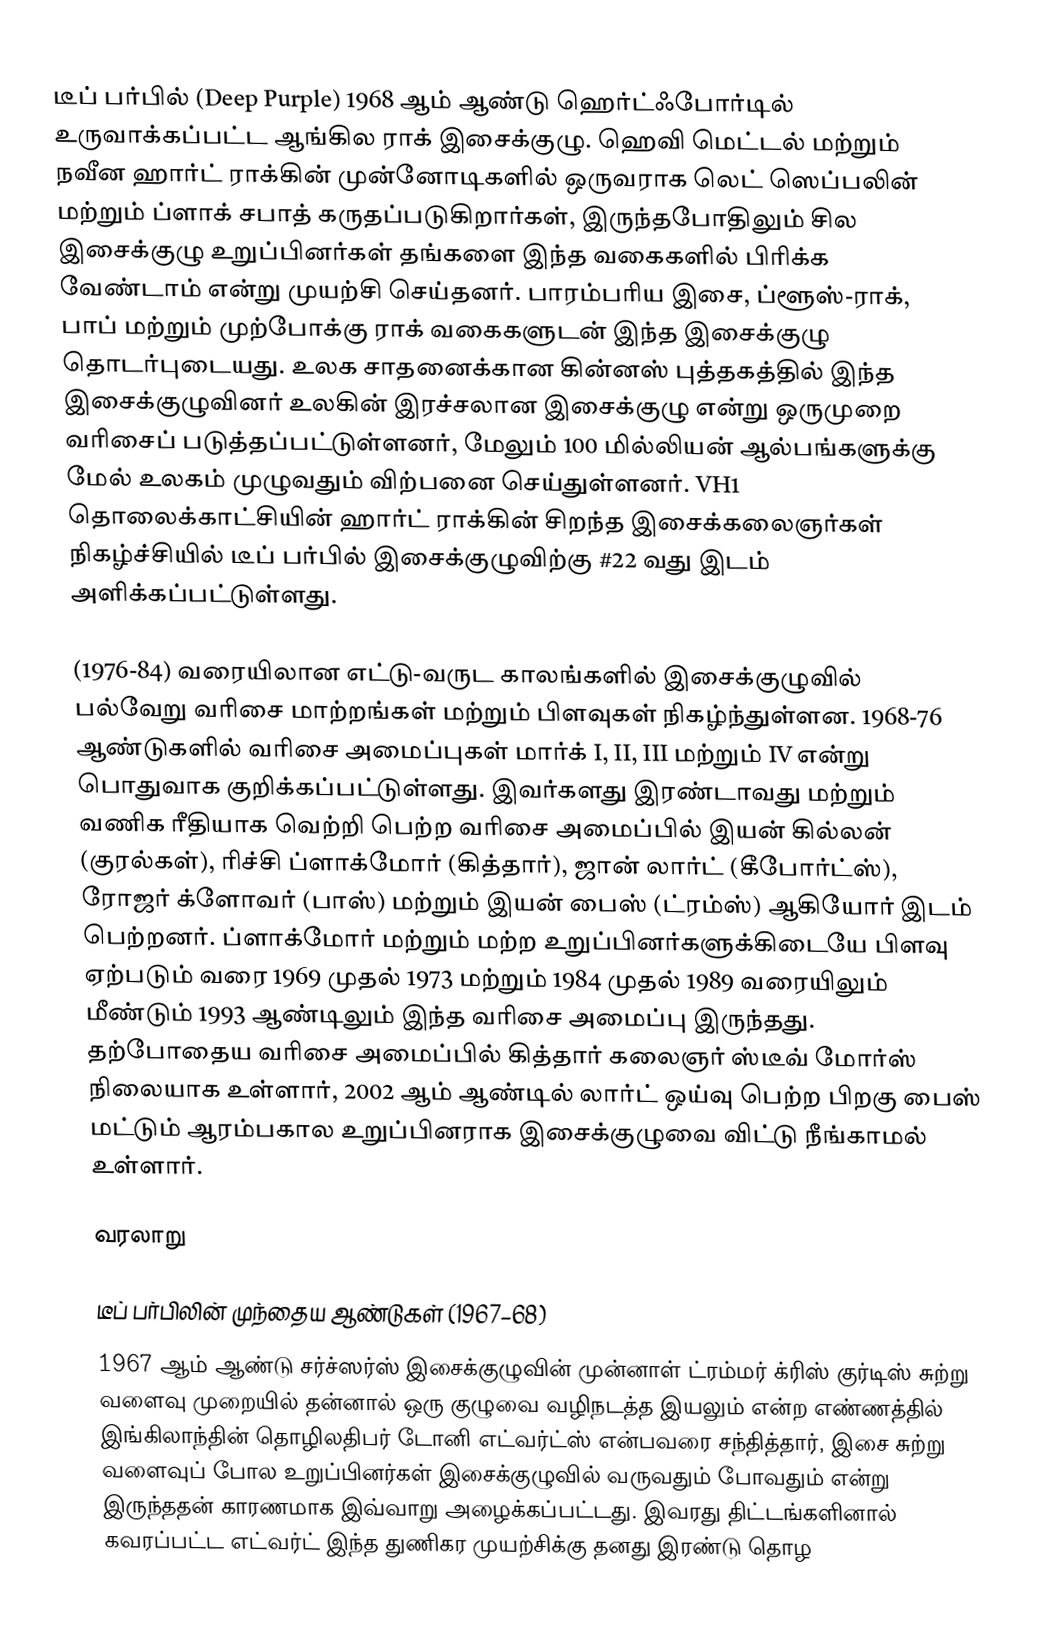
டீப் பர்பில் (Deep Purple) 1968 ஆம் ஆண்டு ஹெர்ட்ஃபோர்டில் உருவாக்கப்பட்ட ஆங்கில ராக் இசைக்குழு. ஹெவி மெட்டல் மற்றும் நவீன ஹார்ட் ராக்கின் முன்னோடிகளில் ஒருவராக லெட் ஸெப்பலின் மற்றும் ப்ளாக் சபாத் கருதப்படுகிறார்கள், இருந்தபோதிலும் சில இசைக்குழு உறுப்பினர்கள் தங்களை இந்த வகைகளில் பிரிக்க வேண்டாம் என்று முயற்சி செய்தனர். பாரம்பரிய இசை, ப்ளூஸ்-ராக், பாப் மற்றும் முற்போக்கு ராக் வகைகளுடன் இந்த இசைக்குழு தொடர்புடையது. உலக சாதனைக்கான கின்னஸ் புத்தகத்தில் இந்த இசைக்குழுவினர் உலகின் இரச்சலான இசைக்குழு என்று ஒருமுறை வரிசைப் படுத்தப்பட்டுள்ளனர், மேலும் 100 மில்லியன் ஆல்பங்களுக்கு மேல் உலகம் முழுவதும் விற்பனை செய்துள்ளனர். VH1 தொலைக்காட்சியின் ஹார்ட் ராக்கின் சிறந்த இசைக்கலைஞர்கள் நிகழ்ச்சியில் டீப் பர்பில் இசைக்குழுவிற்கு #22 வது இடம் அளிக்கப்பட்டுள்ளது.

(1976-84) வரையிலான எட்டு-வருட காலங்களில் இசைக்குழுவில் பல்வேறு வரிசை மாற்றங்கள் மற்றும் பிளவுகள் நிகழ்ந்துள்ளன. 1968-76 ஆண்டுகளில் வரிசை அமைப்புகள் மார்க் I, II, III மற்றும் IV என்று பொதுவாக குறிக்கப்பட்டுள்ளது. இவர்களது இரண்டாவது மற்றும் வணிக ரீதியாக வெற்றி பெற்ற வரிசை அமைப்பில் இயன் கில்லன் (குரல்கள்), ரிச்சி ப்ளாக்மோர் (கித்தார்), ஜான் லார்ட் (கீபோர்ட்ஸ்), ரோஜர் க்ளோவர் (பாஸ்) மற்றும் இயன் பைஸ் (ட்ரம்ஸ்) ஆகியோர் இடம் பெற்றனர். ப்ளாக்மோர் மற்றும் மற்ற உறுப்பினர்களுக்கிடையே பிளவு ஏற்படும் வரை 1969 முதல் 1973 மற்றும் 1984 முதல் 1989 வரையிலும் மீண்டும் 1993 ஆண்டிலும் இந்த வரிசை அமைப்பு இருந்தது. தற்போதைய வரிசை அமைப்பில் கித்தார் கலைஞர் ஸ்டீவ் மோர்ஸ் நிலையாக உள்ளார், 2002 ஆம் ஆண்டில் லார்ட் ஒய்வு பெற்ற பிறகு பைஸ் மட்டும் ஆரம்பகால உறுப்பினராக இசைக்குழுவை விட்டு நீங்காமல் உள்ளார்.

வரலாறு

டீப் பர்பிலின் முந்தைய ஆண்டுகள் (1967–68)
1967 ஆம் ஆண்டு சர்ச்ஸர்ஸ் இசைக்குழுவின் முன்னாள் ட்ரம்மர் க்ரிஸ் குர்டிஸ் சுற்று வளைவு முறையில் தன்னால் ஒரு குழுவை வழிநடத்த இயலும் என்ற எண்ணத்தில் இங்கிலாந்தின் தொழிலதிபர் டோனி எட்வர்ட்ஸ் என்பவரை சந்தித்தார், இசை சுற்று வளைவுப் போல உறுப்பினர்கள் இசைக்குழுவில் வருவதும் போவதும் என்று இருந்ததன் காரணமாக இவ்வாறு அழைக்கப்பட்டது. இவரது திட்டங்களினால் கவரப்பட்ட எட்வர்ட் இந்த துணிகர முயற்சிக்கு தனது இரண்டு தொழ